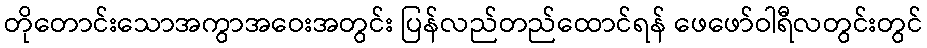
တိုတောင်းသောအကွာအဝေးအတွင်း ပြန်လည်တည်ထောင်ရန် ဖေဖော်ဝါရီလတွင်းတွင်